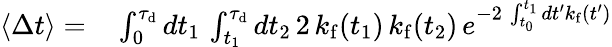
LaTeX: \begin{array}{rl}{\langle\Delta t\rangle=}&{{}\int_{0}^{\tau_{\mathrm{d}}}dt_{1}\, \int_{t_{1}}^{\tau_{\mathrm{d}}}dt_{2}\, 2\, k_{\mathrm{f}}(t_{1})\, k_{\mathrm{f}}(t_{2})\, e^{-2\, \int_{t_{0}}^{t_{1}}dt^{\prime}k_{\mathrm{f}}(t^{\prime})}}\end{array}